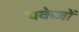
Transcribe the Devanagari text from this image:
पकेजों